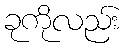
ခုကိုလည်း